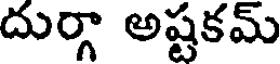
దుర్గా అష్టకమ్